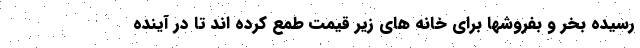
رسیده بخر و بفروشها برای خانه های زیر قیمت طمع کرده اند تا در آینده